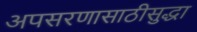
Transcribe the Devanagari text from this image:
अपसरणासाठीसुद्धा